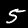
Label: 5